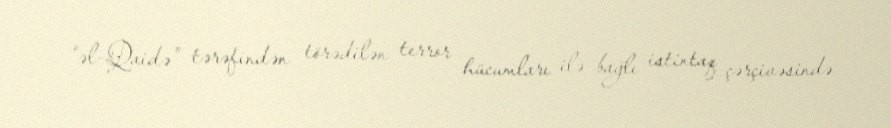
“əl-Qaidə” tərəfindən törədilən terror hücumları ilə bağlı istintaq çərçivəsində